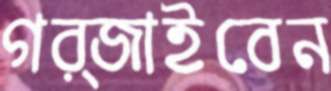
গর্জাইবেন